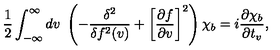
\frac { 1 } { 2 } \int _ { - \infty } ^ { \infty } d v \ \left( - \frac { \delta ^ { 2 } } { \delta f ^ { 2 } ( v ) } + \left[ \frac { \partial f } { \partial v } \right] ^ { 2 } \right) \chi _ { b } = i \frac { \partial \chi _ { b } } { \partial t _ { v } } ,